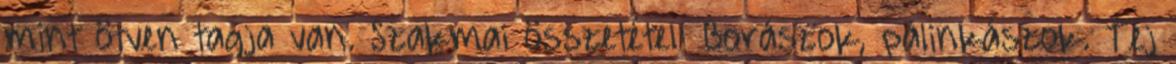
mint ötven tagja van. Szakmai összetétel: Borászok, pálinkászok. Tej